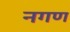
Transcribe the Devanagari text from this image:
नगण